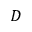
D